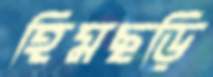
হিমছড়ি